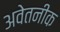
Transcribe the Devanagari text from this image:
अवेतनीक